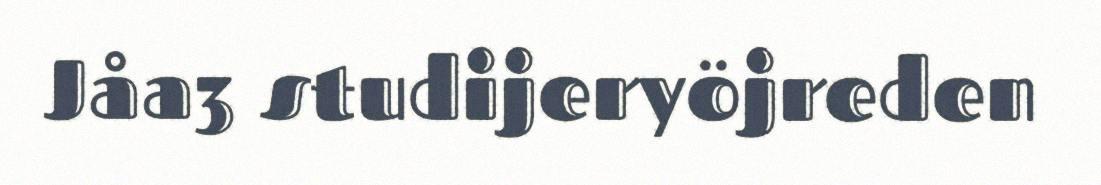
Jåa3 studijeryöjreden